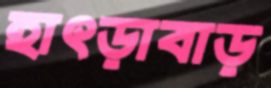
হাৎড়াবাড়